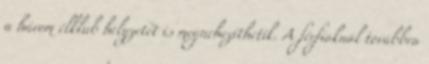
a három élklub helyzetét is megnehezíthetik. A férfiaknál továbbra